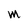
Character: M